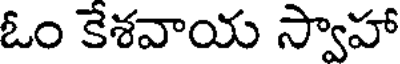
ఓం కేశవాయ స్వాహా